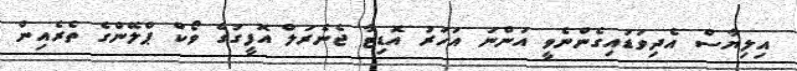
އިލިޔާސް އެދިވަޑައިގެންނެވީ އަންނަ އަހަރު އޮޑިޓާ ޖެެނެރަލް އޮފީގުގެ ވޯކް ޕްލޭންގެ ތެރެއިން